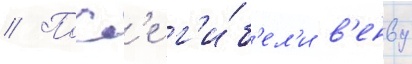
// Посл'е г'и́б'ел'и в'енву